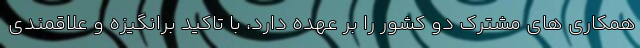
همکاری های مشترک دو کشور را بر عهده دارد، با تاکید برانگیزه و علاقمندی